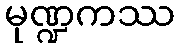
မုဏ္ဍကဿ